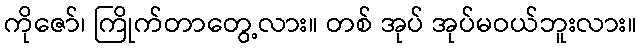
ကိုဇော်၊ ကြိုက်တာတွေ့လား။ တစ် အုပ် အုပ်မဝယ်ဘူးလား။